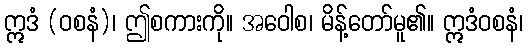
ဣဒံ (ဝစနံ)၊ ဤစကားကို။ အဝေါစ၊ မိန့်တော်မူ၏။ ဣဒံဝစနံ၊